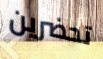
تحضرين